Leningradi_Edasi_toimetus, lk 64
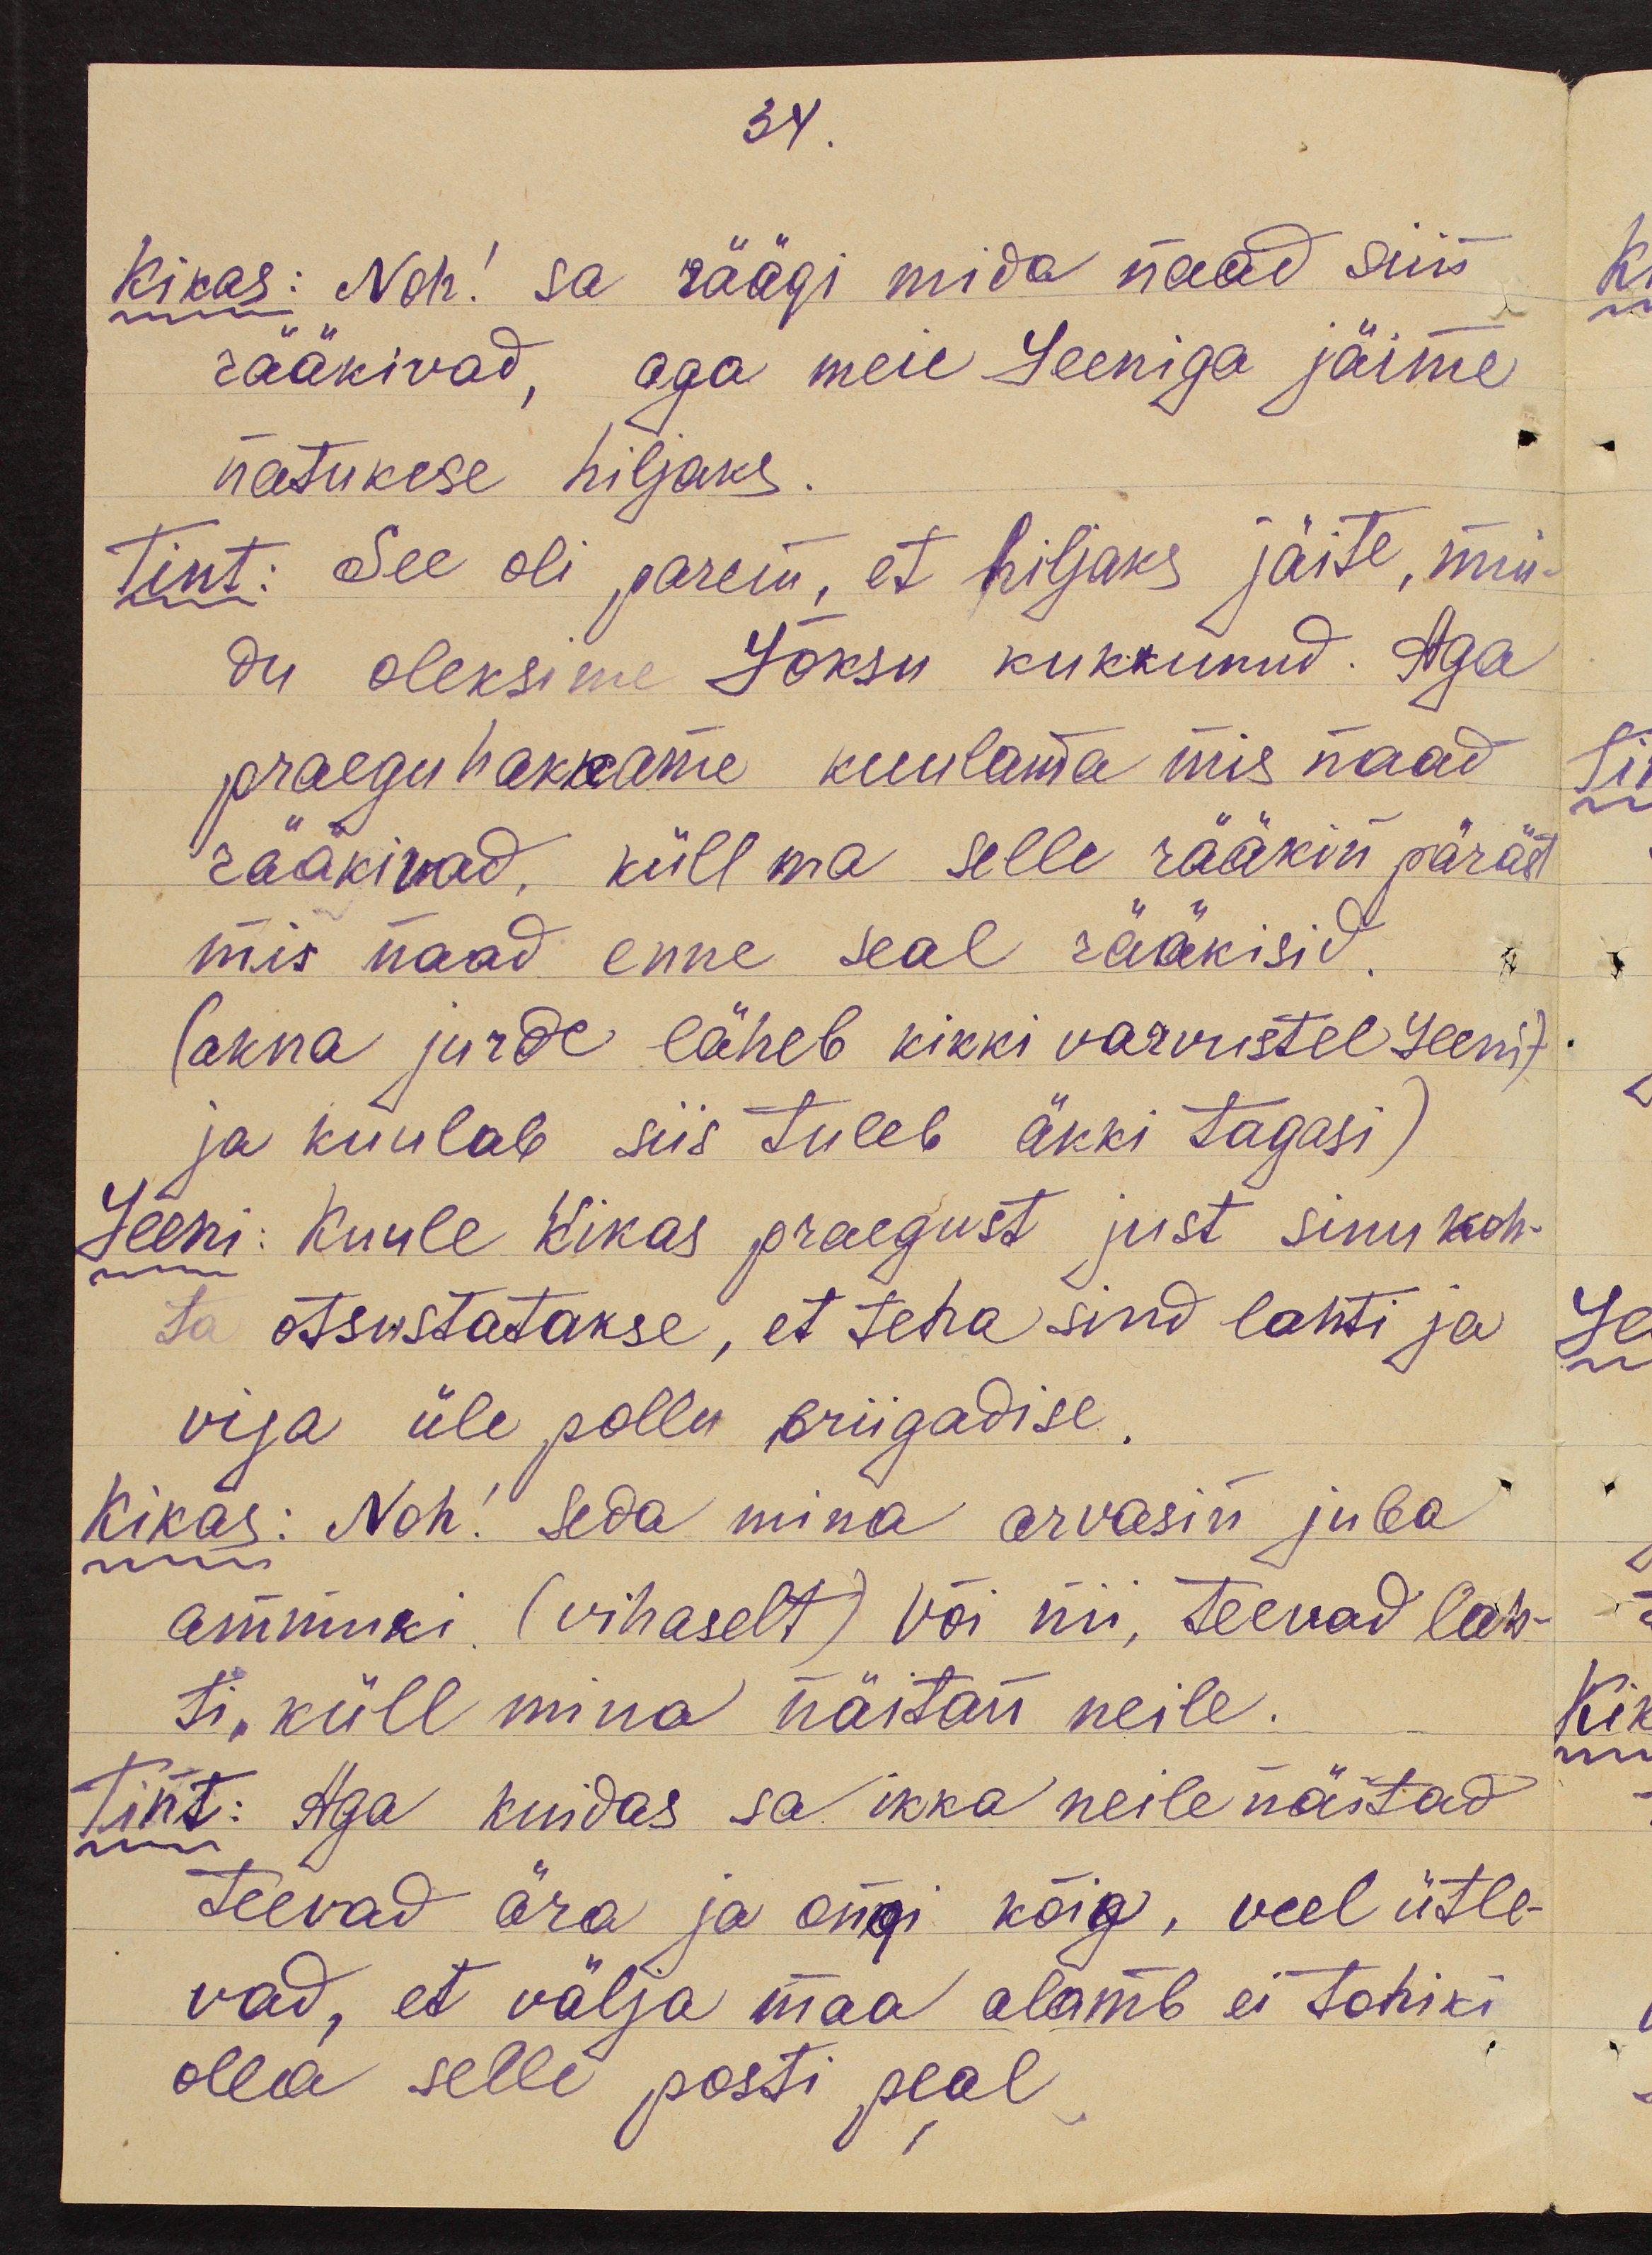
34.
Kikas: Noh! sa räägi mida naad siis
rääkivad, aga meie Leeniga jäime
natukese hiljaks.
Tint: See oli parem, et hiljaks jäite, mui-
du oleksime Lõksu kukkunud. Aga
praegu hakkame kuulama mis naad
rääkivad, küll ma selle rääkin päräst
mis naad enne seal rääkisid.
(akna jurde läheb kikki varvustel Leeni)
ja kuulab siis tuleb äkki tagasi)
Leeni: Kuule Kikas praegust just sinu koh-
ta otsustatakse, et teha sind lahti ja
vija üle pollu briigadise.
Kikas: Noh! Seda mina arvasin juba
ammuki. (vihaselt) Või nii, teevad lah-
ti, küll mina näitan neile.
Tint: Aga kuidas sa ikka neile näitad
teevad ära ja ongi kõik, veel ütle-
vad, et välja maa alamb ei tohiki
olla selle posti peal